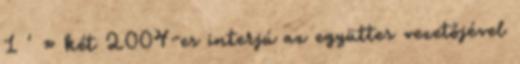
1 ' » két 2004-es interjú az együttes vezetőjével